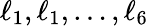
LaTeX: \ell_{1},\ell_{1},\dots,\ell_{6}